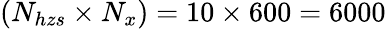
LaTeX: \left(N_{hzs}\times N_{x}\right)=10\times 600=6000